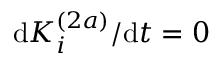
\mathrm { d } K _ { i } ^ { ( 2 a ) } / \mathrm { d } t = 0